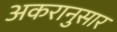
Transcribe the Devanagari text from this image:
अकरानुसार